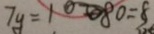
7 y = 1 0 0 8 0 = 8